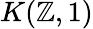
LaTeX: K(\mathbb{Z},1)